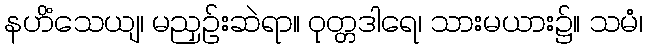
နဟိံသေယျ၊ မညှဉ်းဆဲရာ။ ဝုတ္တဒါရေ၊ သားမယား၌။ သမံ၊